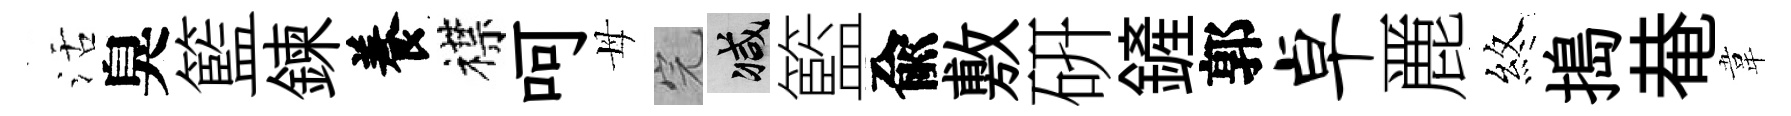
活臭籃鍊養襟呵母完减籃兪敷硏鏟郭卓䴡煞搗𤲅韋